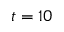
t = 1 0